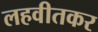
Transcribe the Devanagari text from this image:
लहवीतकर